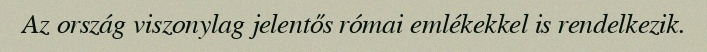
Az ország viszonylag jelentős római emlékekkel is rendelkezik.